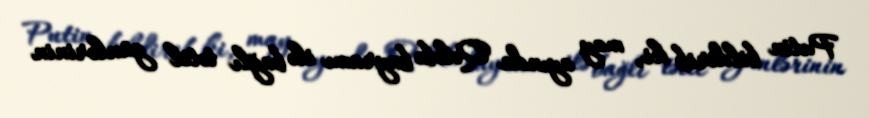
Putin bildirib ki, may ayında Qələbə bayramı ilə bağlı tətil günlərinin